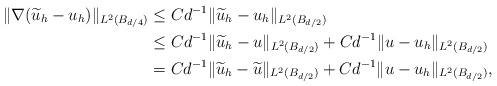
\begin{align*}\|\nabla (\widetilde u_h - u_h)\|_{L^2(B_{d/4})} & \leq C d^{-1} \|\widetilde u_h - u_h\|_{L^2(B_{d/2})} \\& \leq C d^{-1} \|\widetilde u_h - u\|_{L^2(B_{d/2})}+ C d^{-1} \| u - u_h \|_{L^2(B_{d/2})}\\& = C d^{-1} \|\widetilde u_h - \widetilde u\|_{L^2(B_{d/2})}+ C d^{-1} \| u - u_h \|_{L^2(B_{d/2})}, \end{align*}